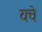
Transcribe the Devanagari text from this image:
यचे